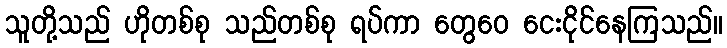
သူတို့သည် ဟိုတစ်စု သည်တစ်စု ရပ်ကာ တွေဝေ ငေးငိုင်နေကြသည်။